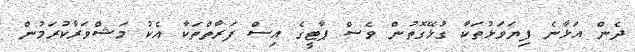
ދެން އަޅާނެ ފިޔަވަޅުތަކާ ގުޅޭގޮތުން ވެސް ޕާޓީގެ އިސް ފަރާތްތަކާ އެކު މަޝްވަރާކުރަމުން